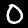
Label: 0